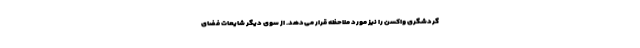
گردشگری واکسن را نیز مورد ملاحظه قرار می‌دهد. از سوی دیگر شایعات فضای